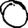
Digit: 0